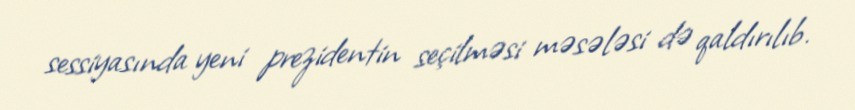
sessiyasında yeni prezidentin seçilməsi məsələsi də qaldırılıb.